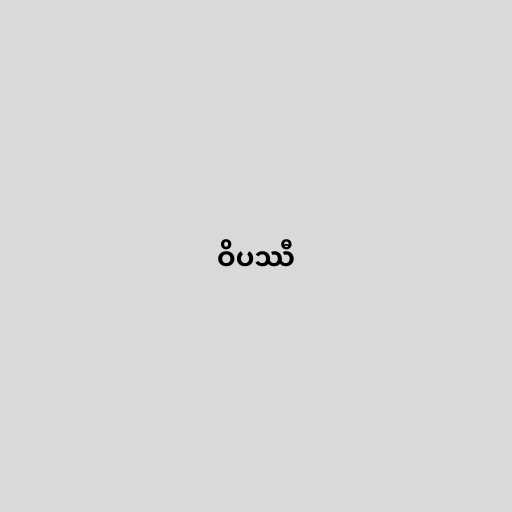
ဝိပဿီ